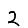
Digit: 2